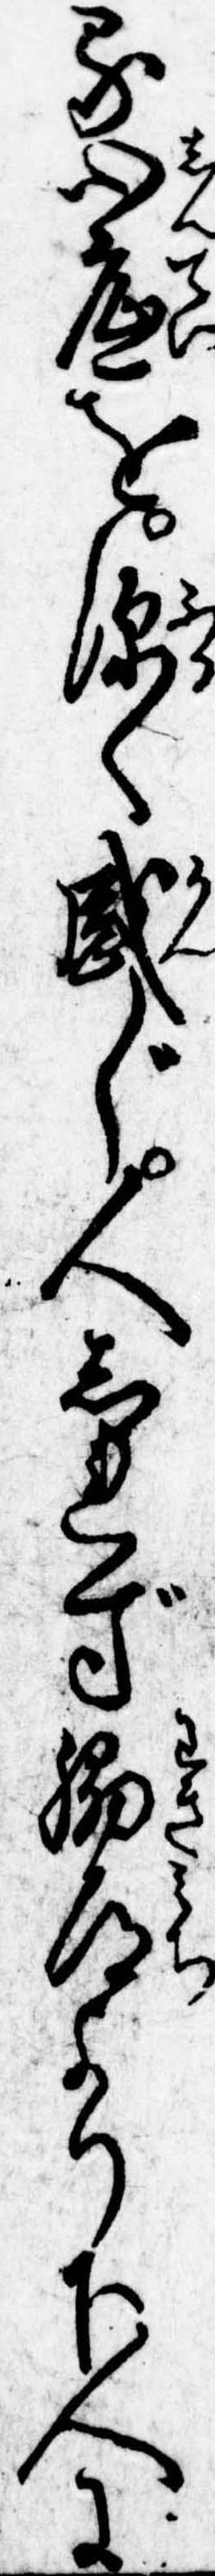
る心底を深く感じ人しれず脇道より下人に